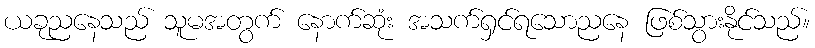
ယခုညနေသည် သူမအတွက် နောက်ဆုံး အသက်ရှင်ရသောညနေ ဖြစ်သွားနိုင်သည်။